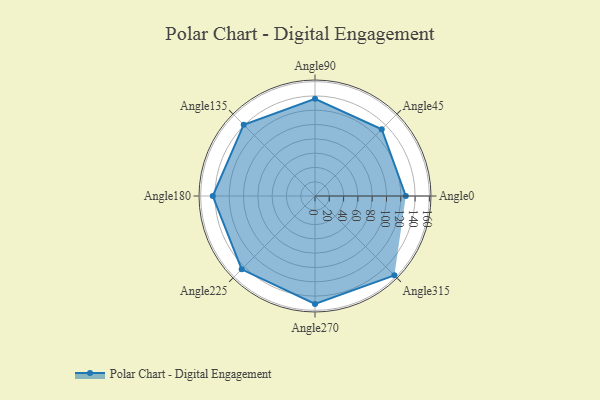
{"axis": {"x": "Angle", "y": "Radius"}, "legend": [""], "data": [{"x": "Angle0", "y": 127.0, "type": ""}, {"x": "Angle45", "y": 132.0, "type": ""}, {"x": "Angle90", "y": 136.0, "type": ""}, {"x": "Angle135", "y": 141.0, "type": ""}, {"x": "Angle180", "y": 143.0, "type": ""}, {"x": "Angle225", "y": 145.0, "type": ""}, {"x": "Angle270", "y": 151.0, "type": ""}, {"x": "Angle315", "y": 157.0, "type": ""}]}